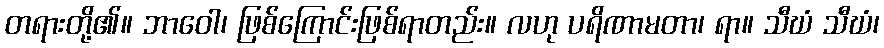
တရားတို့၏။ ဘာဝေါ၊ ဖြစ်ကြောင်းဖြစ်ရာတည်း။ လဟု ပရိဏာမတာ၊ ရာ။ သီဃံ သီဃံ၊